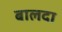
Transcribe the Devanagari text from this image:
बालदा